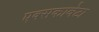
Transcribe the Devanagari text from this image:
एक्सकावेटा